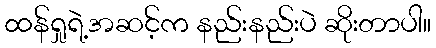
ထန်ရှုရဲ့အဆင့်က နည်းနည်းပဲ ဆိုးတာပါ။